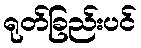
ရုတ်ခြည်းပင်